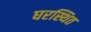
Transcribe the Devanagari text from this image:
घरस्थित